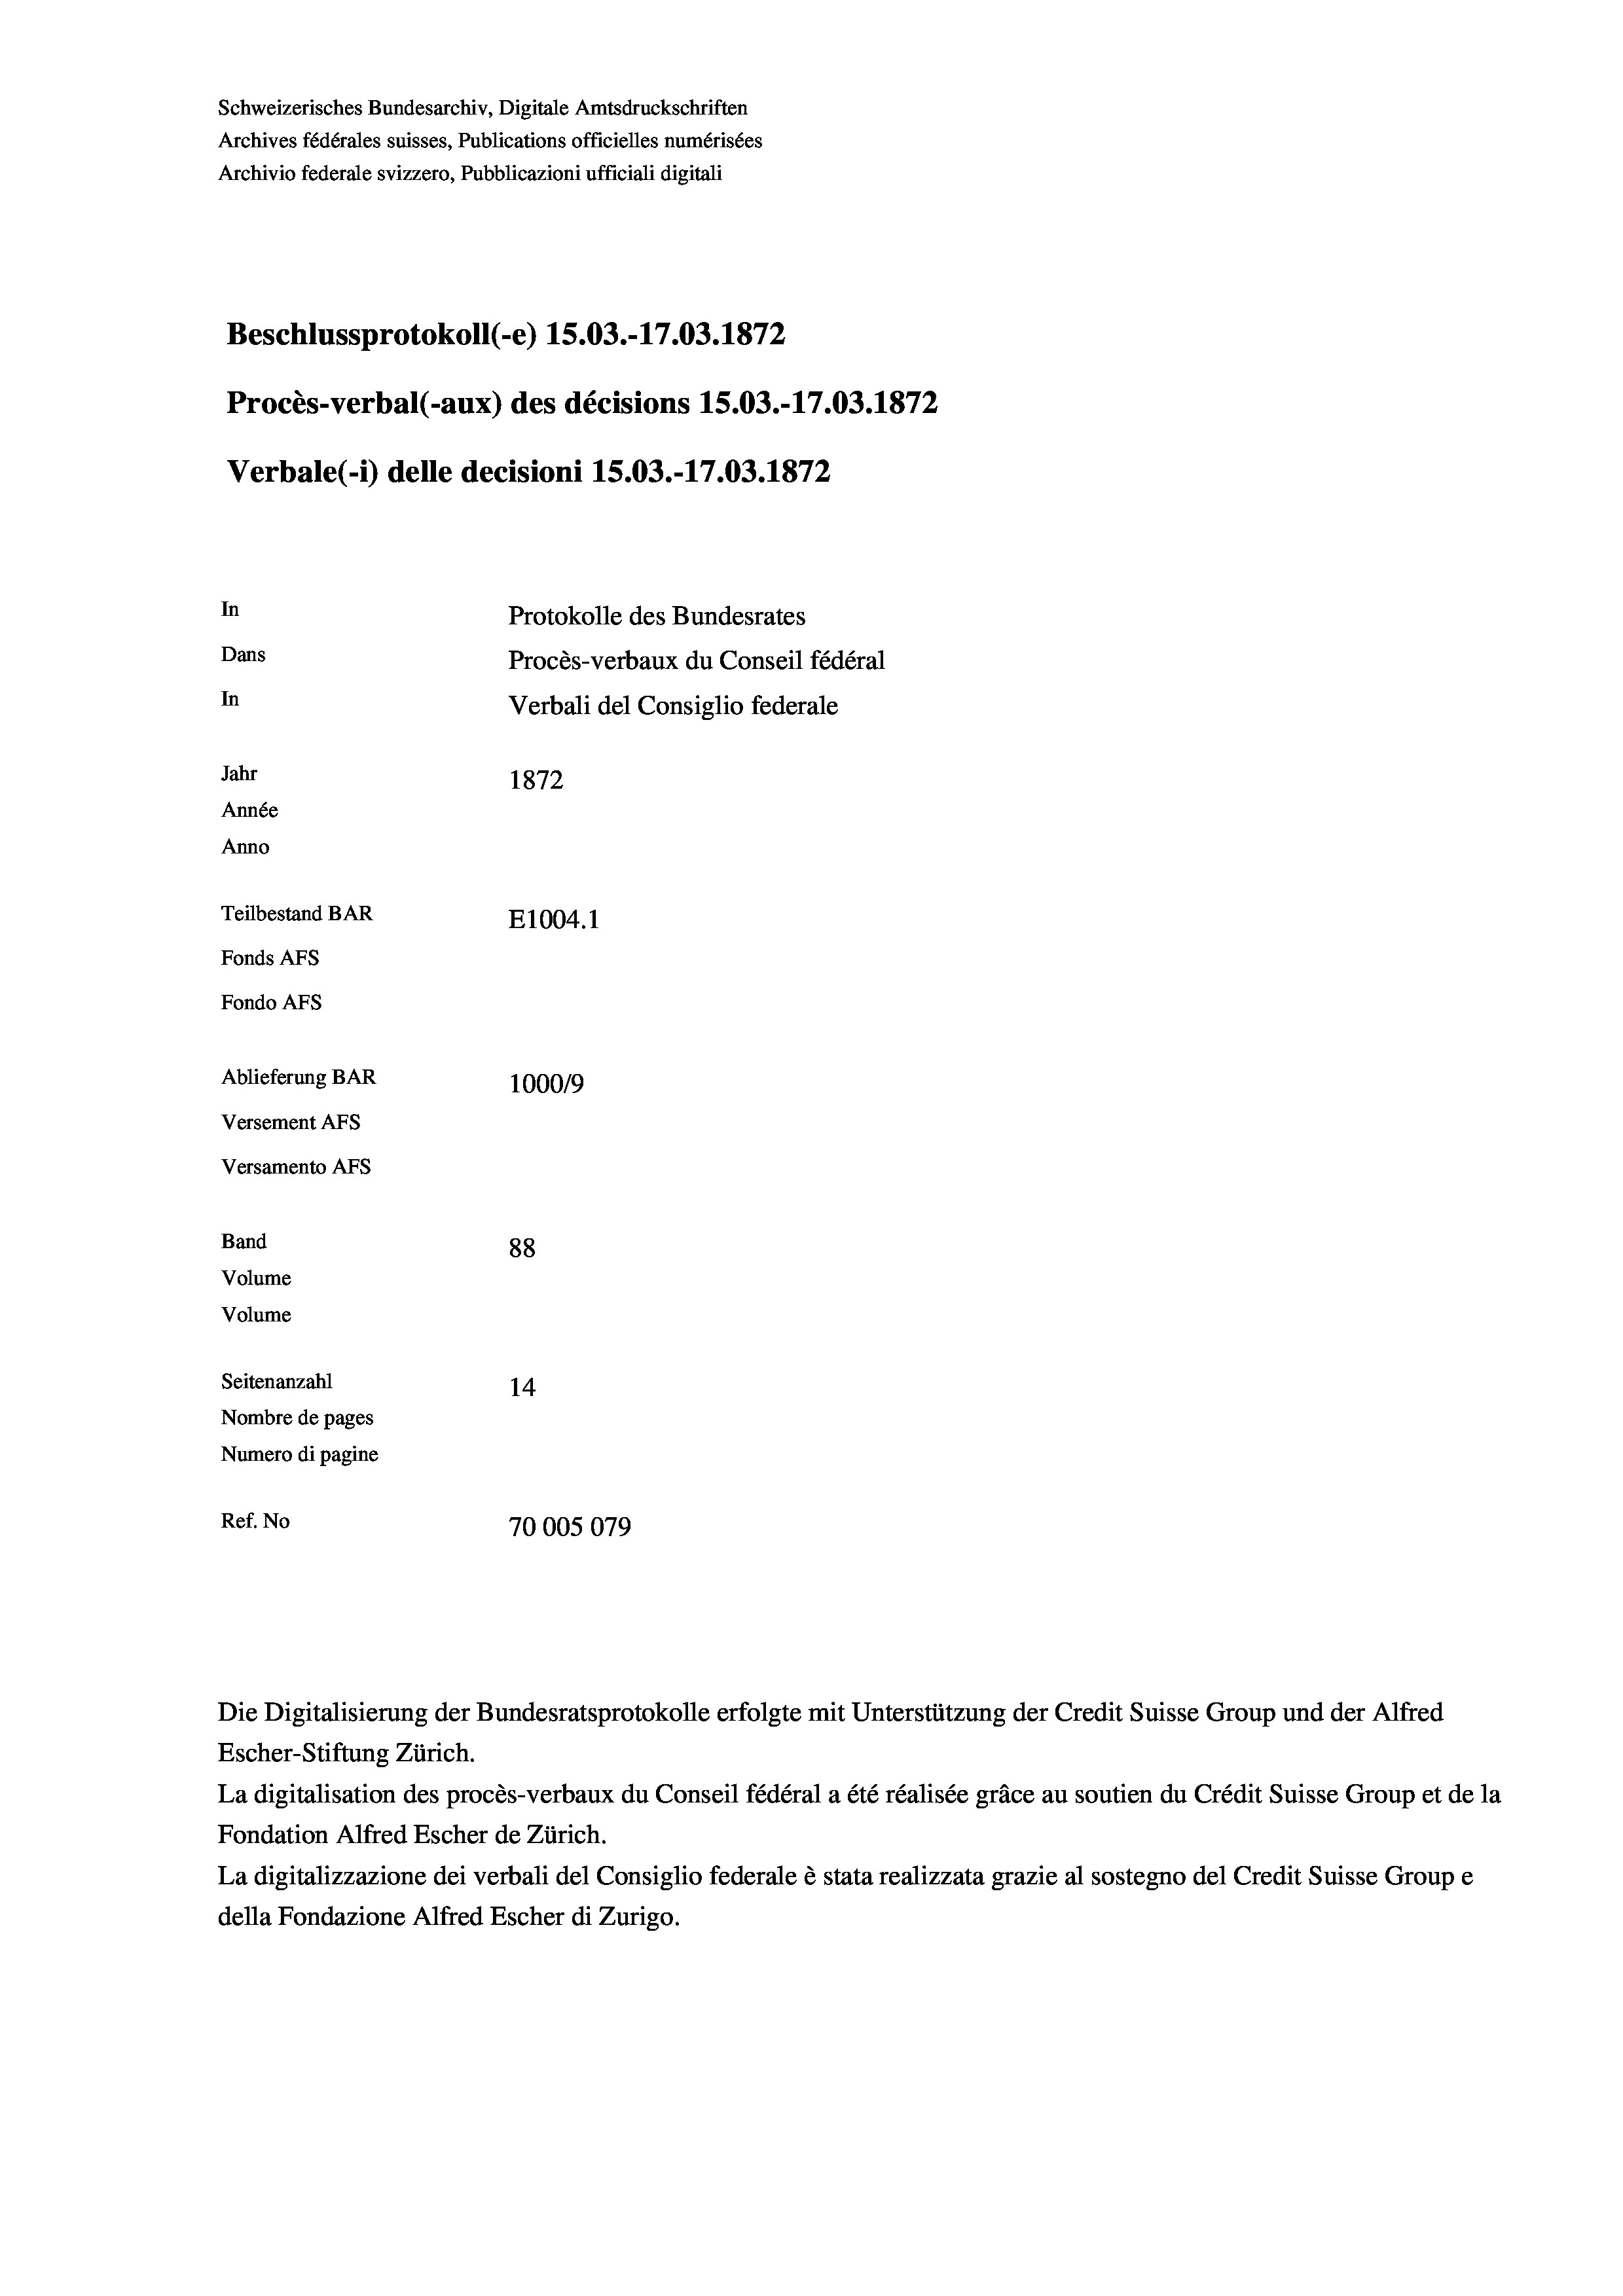
Schweizerisches Bundesarchiv, Digitale Amtsdruckschriften
Archives fédérales suisses, Publications officielles numérisées
Archivio federale svizzero, Pubblicazioni ufficiali digitali
Beschlussprotokoll (-e) 15.03.-17.03. 1872
Procès-verbal (-aux) des décisions 15.03.-17.03. 1872
Verbale (- 1) delle decisioni 15.03.-17.03. 1872
In
Protokolle des Bundesrates
Dans
Procès-verbaux du Conseil fédéral
In
Verbali del Consiglio federale
Jahr
1872
Année
Anno
Teilbestand BAR
E1004. 1
Fonds AFs
Fondo Afs
Ablieferung BAR
100019
Versement AFs
Versamento Afs

88
Seitenanzahl
14
Nombre de pages
Numero di pagine
Ref. No
70005079

Band
Volume
Volume

Escher-Stiftung Zürich.
La digitalisation des procès-verbaux du Conseil fédéral a été réalisée gräce au soutien du Crédit Suisse Group et de la
Fondation Alfred Escher de Zürich.
La digitalizzazione dei verbali del Consiglio federale è stata realizzata grazie al sostegno del Credit Suisse Groupe
della Fondazione Alfred Escher di Zurigo.

Die Digitalisierung der Bundesratsprotokolle erfolgte mit Unterstützung der Credit Suisse Group und der Alfred